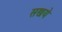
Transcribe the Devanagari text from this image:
सखये